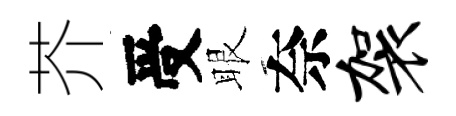
芥受眼奈袈